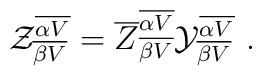
{\cal Z}^{\overline {\alpha V}}_{\overline {\beta V}}= {\overline Z}^{\overline {\alpha V}}_{\overline {\beta V}} {\cal Y}^{\overline {\alpha V}}_{\overline {\beta V}} ~.